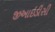
જીઆઇડીસી